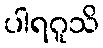
ပါရဂူသိ